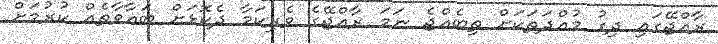
ރާއްޖޭގައި ދިގު މުއްދަތަކަށް ތިބެއްޖެ ނަމަ ރާއްޖޭގެ ވެރިކަމާ ދެކޮޅަށް ބަޣާވާތެއް ކުރުމަށް